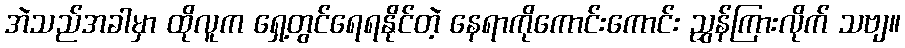
အဲသည်အခါမှာ ထိုလူက ရှေ့တွင်ရေရနိုင်တဲ့ နေရာကိုကောင်းကောင်း ညွှန်ကြားလိုက် သဗျ။